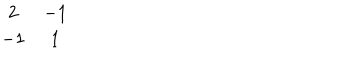
\begin{array} { c c } { { 2 } } & { { - 1 } } \\ { { - 1 } } & { { 1 } } \\ \end{array}